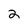
Character: 2